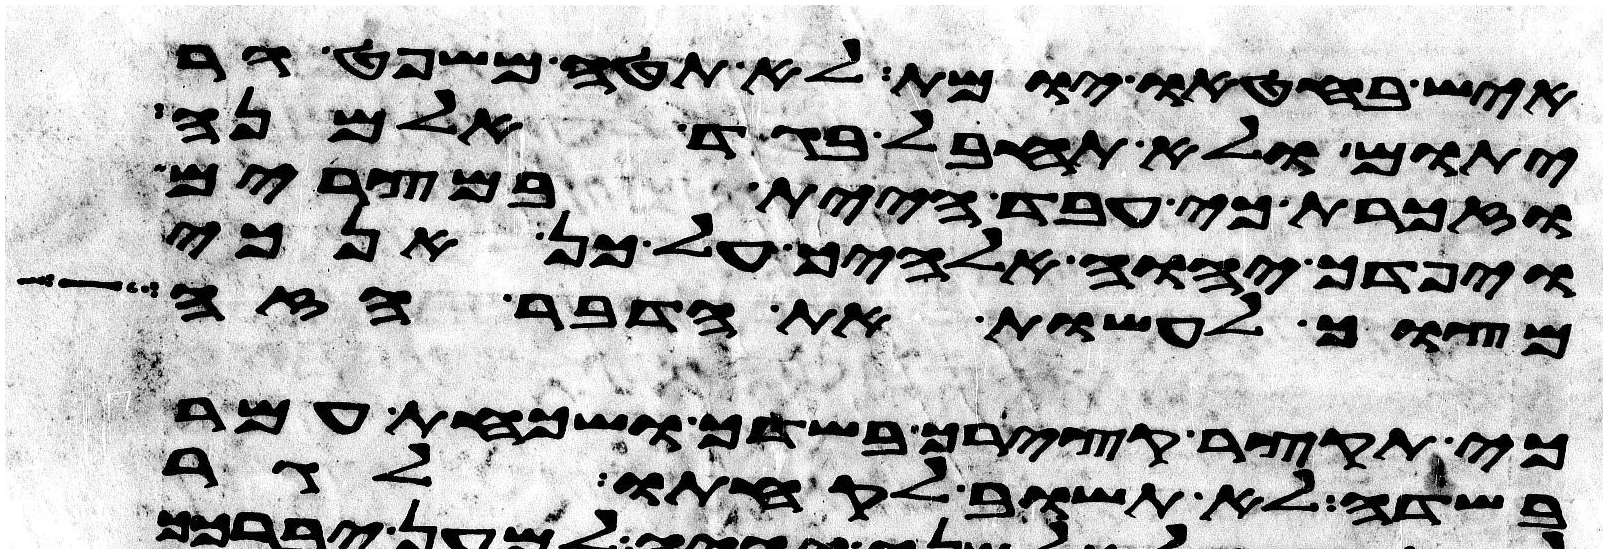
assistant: איש בחטאו יומת לא תטה משפט גר
יתום ולא תחבל בגד אלמנה
וזכרת כי עבד היית במצרים
ויפדך יהוה אלהיך על כן אנכי
מצוך לעשות את הדבר הזה
כי תקצר קצירך בשדך ושכחת עמר
בשדה לא תשוב לקחתו לגר